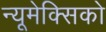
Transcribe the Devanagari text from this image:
न्यूमेक्सिको